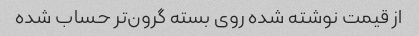
از قیمت نوشته شده روی بسته گرون‌تر حساب شده